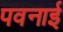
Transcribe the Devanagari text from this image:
पवनाई